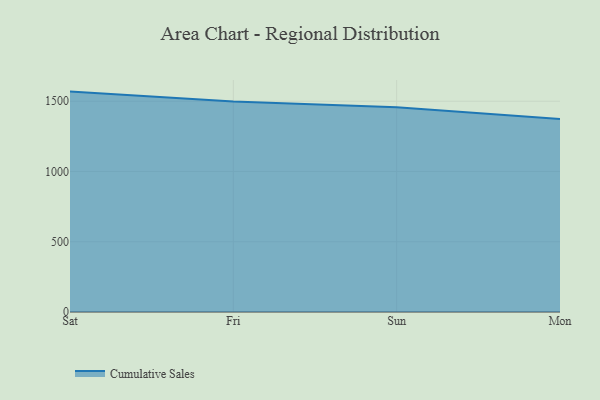
{"axis": {"x": "Day", "y": "Active Users"}, "legend": ["Cumulative Sales"], "data": [{"x": "Sat", "y": 1568.5, "type": "Cumulative Sales"}, {"x": "Fri", "y": 1498.1, "type": "Cumulative Sales"}, {"x": "Sun", "y": 1457.3, "type": "Cumulative Sales"}, {"x": "Mon", "y": 1373.5, "type": "Cumulative Sales"}]}